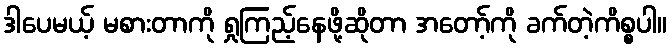
ဒါပေမယ့် မစားတာကို ရှုကြည့်နေဖို့ဆိုတာ အတော့်ကို ခက်တဲ့ကိစ္စပါ။